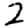
Digit: 2